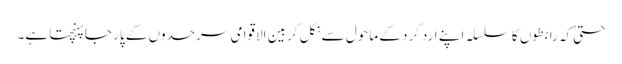
حتیٰ کہ رابطوں کا سلسلہ اپنے ارد گرد کے ماحول سے نکل کر بین الاقوامی سرحدوں کے پار جا پہنچتا ہے۔